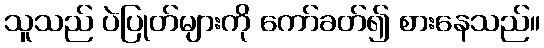
သူသည် ပဲပြုတ်များကို ကော်ခတ်၍ စားနေသည်။